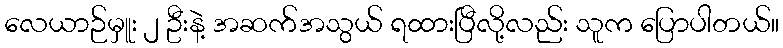
လေယာဉ်မှူး ၂ ဦးနဲ့ အဆက်အသွယ် ရထားပြီလို့လည်း သူက ပြောပါတယ်။